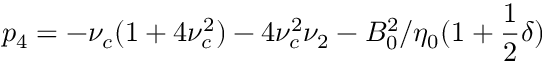
p _ { 4 } = - \nu _ { c } ( 1 + 4 \nu _ { c } ^ { 2 } ) - 4 \nu _ { c } ^ { 2 } \nu _ { 2 } - B _ { 0 } ^ { 2 } / \eta _ { 0 } ( 1 + \frac { 1 } { 2 } \delta )